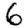
Digit: 6